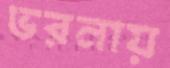
ভরনায়